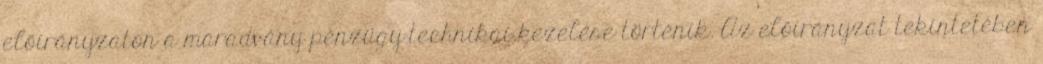
előirányzaton a maradvány pénzügy-technikai kezelése történik. Az előirányzat tekintetében